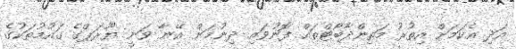
އަދި އެކަމަށް އިތުރު މަތިންދާބޯޓްތައް ފޮނުވައި ދިނުމަށް އޭނާ ވަނީ ޔޫރަޕްގެ ގައުމުތަކުގެ